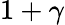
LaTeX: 1+\gamma